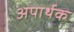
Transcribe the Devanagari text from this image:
अपार्थक